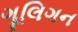
ગૂલિગન